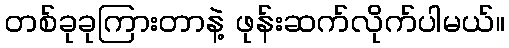
တစ်ခုခုကြားတာနဲ့ ဖုန်းဆက်လိုက်ပါမယ်။